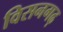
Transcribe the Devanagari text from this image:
विसनगढ़